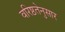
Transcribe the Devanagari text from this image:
वरिष्ठतेनुसार